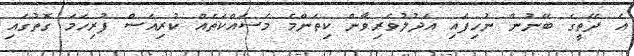
އެ ދޭތީގެ ބޭނުން ނުހިފައި އަދުލުވެރިވާން ކިތަންމެ މަސައްކަތެއް ކުރިއަސް ފުރިހަމަ ގޮތުގައި